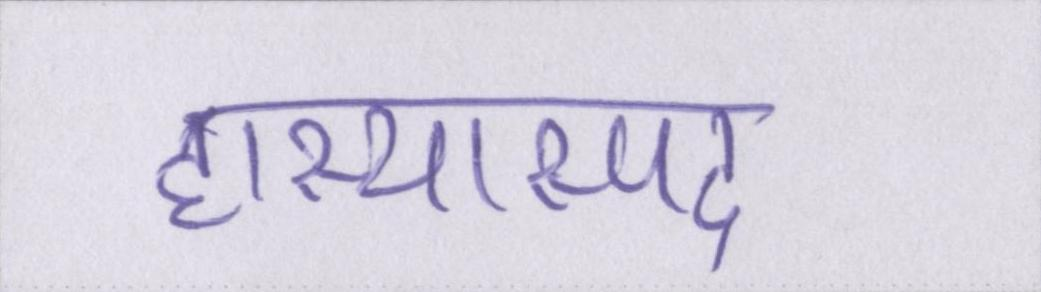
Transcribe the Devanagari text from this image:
हास्यास्पद